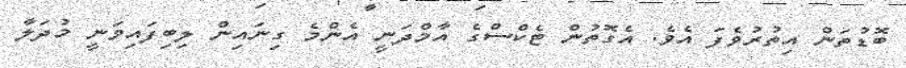
ބޮޑުތަން އިތުރުވެފަ އެވެ. އެގޮތުން ޓެކްސްގެ އާމްދަނީ އެންމެ ގިނައިން ލިބިފައިވަނީ މުދަލާ